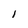
Character: I